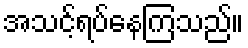
အသင့်ရပ်နေကြသည်။